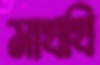
মাখখি